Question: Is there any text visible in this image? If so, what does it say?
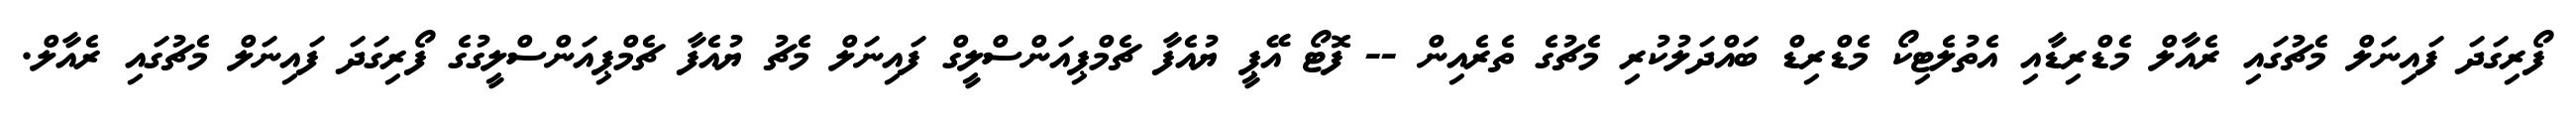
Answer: ފޯރިގަދަ ފައިނަލް މެޗުގައި ރެއާލް މެޑްރިޑާއި އެތުލެޓިކޯ މެޑްރިޑް ބައްދަލުކުރި މެޗުގެ ތެރެއިން -- ފޮޓޯ އޭޕީ ޔުއެފާ ޗެމްޕިއަންސްލީގް ފައިނަލް މެޗު ޔުއެފާ ޗެމްޕިއަންސްލީގުގެ ފޯރިގަދަ ފައިނަލް މެޗުގައި ރެއާލް.